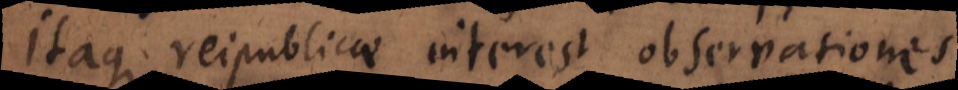
Itaque reipublicae interest observationes